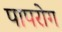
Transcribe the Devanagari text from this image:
पापरोग